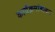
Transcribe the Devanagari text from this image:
कार्यक्रमांबाबत